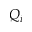
Q _ { i }